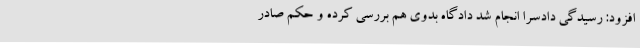
افزود: رسیدگی دادسرا انجام شد دادگاه بدوی هم بررسی کرده و حکم صادر